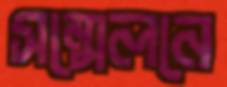
সন্মেলনে